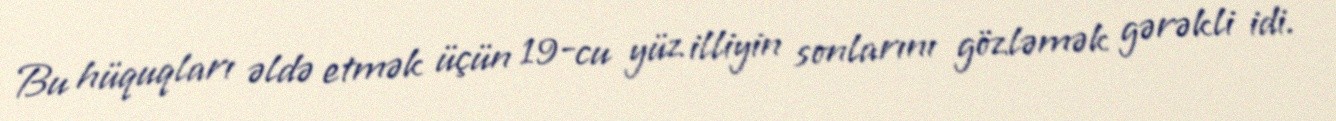
Bu hüquqları əldə etmək üçün 19-cu yüz illiyin sonlarını gözləmək gərəkli idi.